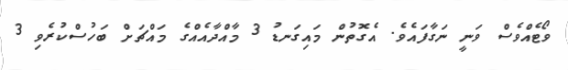
ވޯޓެއްވެސް ވަނީ ނަގާފައެވެ. އެގޮތުން މައިގަނޑު 3 މާއްދާއެއްގެ މައްޗަށް ބަހުސްކުރެވި 3